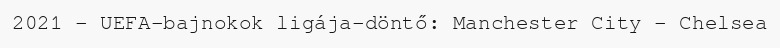
2021 - UEFA-bajnokok ligája-döntő: Manchester City - Chelsea